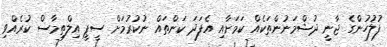
ފުލުހުންގެ ޖާނީ ދުޝްމަނުންތަކެއް ކަމަށާއި އެފަދަ ކަންތައް ނުކުރުމަށް ސީޕީ އިލްތިމާސް ކުރެއްވި